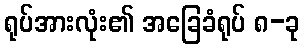
ရုပ်အားလုံး၏ အခြေခံရုပ် ၈-ခု